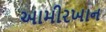
આમીરખાન